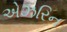
એઝરિન